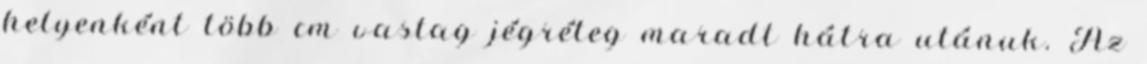
helyenként több cm vastag jégréteg maradt hátra utánuk. Az